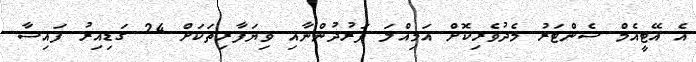
އެ އޭޓީއެމް ސެންޓަރު މެދުވެރިކޮށް އަމިއްލަ ފަރުދުންނާއި ވިޔަފާރިތަކަށް 24 ގަޑިއިރު ފައިސާ